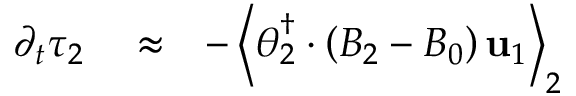
\begin{array} { r l r } { \partial _ { t } \tau _ { 2 } } & { { } \approx } & { - \left\langle \boldsymbol { \theta } _ { 2 } ^ { \dagger } \cdot \left( { \cal B } _ { 2 } - { \cal B } _ { 0 } \right) \mathbf { u } _ { 1 } \right\rangle _ { 2 } } \end{array}